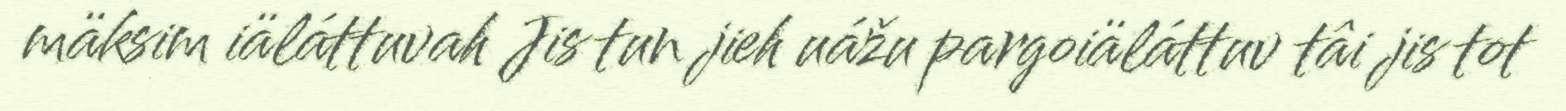
mäksim iäláttuvah Jis tun jieh uážu pargoiäláttuv tâi jis tot